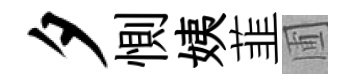
夕惻姨韮圃